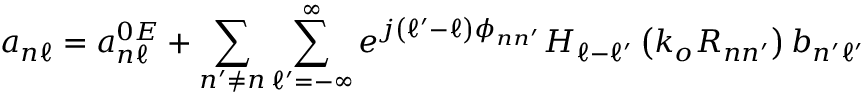
a _ { n \ell } = a _ { n \ell } ^ { 0 E } + \sum _ { n ^ { \prime } \neq n } \sum _ { \ell ^ { \prime } = - \infty } ^ { \infty } e ^ { j \left( \ell ^ { \prime } - \ell \right) \phi _ { n n ^ { \prime } } } H _ { \ell - \ell ^ { \prime } } \left( k _ { o } R _ { n n ^ { \prime } } \right) b _ { n ^ { \prime } \ell ^ { \prime } }